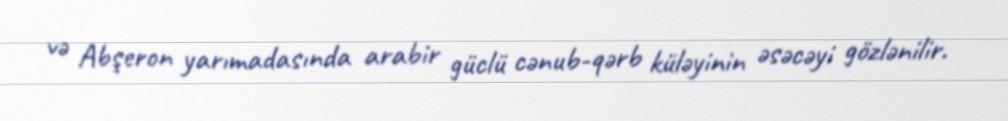
və Abşeron yarımadasında arabir güclü cənub-qərb küləyinin əsəcəyi gözlənilir.